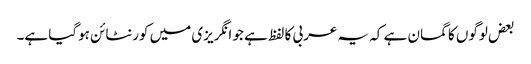
بعض لوگوں کا گمان ہے کہ یہ عربی کا لفظ ہے جو انگریزی میں کورنٹائن ہوگیا ہے۔